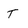
Character: T